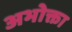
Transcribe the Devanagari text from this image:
अभोक्ता